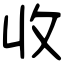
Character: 收